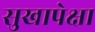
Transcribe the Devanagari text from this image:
सुखापेक्षा